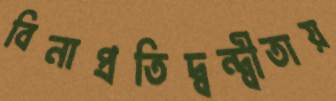
বিনাপ্রতিদ্বন্দ্বীতায়